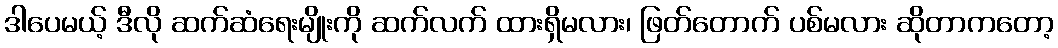
ဒါပေမယ့် ဒီလို ဆက်ဆံရေးမျိုးကို ဆက်လက် ထားရှိမလား၊ ဖြတ်တောက် ပစ်မလား ဆိုတာကတော့